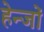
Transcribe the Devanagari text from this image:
हेन्जों